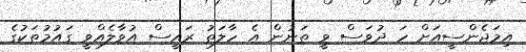
އިމަޖެންސީއަށް ހަ ދުވަސް ވީ ތަނުން އެ ހާލަތު ރައީސް އުވާލެއްވީ ގައުމުތަކުގެ